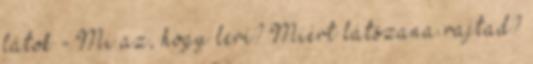
látok - Mi az, hogy lerí? Miért látszana rajtad?